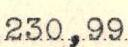
230,99